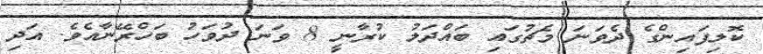
ކޮލިފައިންގެ ދެވަނަ މެޗުގައި ބައްދަލު ކުރާނީ 8 ވަަނަ ދުވަހު ބަހްރޭނާއެވެ. އަދި